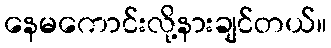
နေမကောင်းလို့နားချင်တယ်။